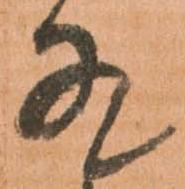
有